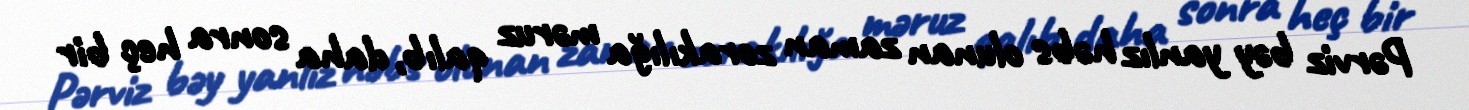
Pərviz bəy yanlız həbs olunan zaman zorakılığa məruz qalıb, daha sonra heç bir